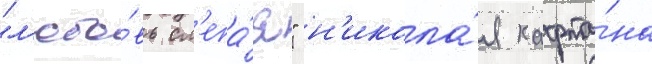
"л'юбо́вь сл'епа́я" н'икола́я кафта́на